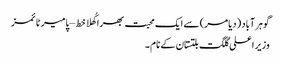
گوہر آباد (دیامر) سے ایک محبت بھرا کُھلا خط – پامیر ٹائمز
وزیر اعلی گلگت بلتستان کے نام ۔